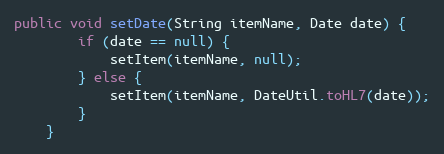
Language: Java
public void setDate(String itemName, Date date) {
        if (date == null) {
            setItem(itemName, null);
        } else {
            setItem(itemName, DateUtil.toHL7(date));
        }
    }